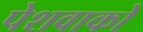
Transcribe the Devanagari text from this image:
पेशवाको